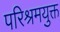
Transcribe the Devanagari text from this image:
परिश्रमयुक्त